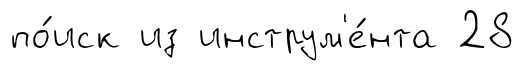
по́иск из инструм'е́нта 28